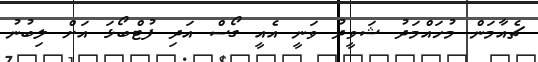
ޗެއާމަން މުހައްމަދު ޝަވީދު ވަނީ އެއީ ގޯސް އަދި ފުޓްބޯޅަ އަށް ލިބުނު